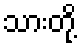
သားတို့